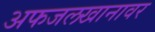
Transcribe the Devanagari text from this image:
अफजलखानावर